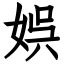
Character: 娯